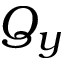
Q _ { y }